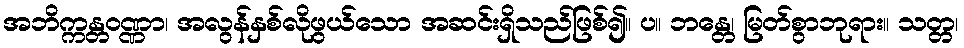
အဘိက္ကန္တဝဏ္ဏာ၊ အလွန်နှစ်လိုဖွယ်သော အဆင်းရှိသည်ဖြစ်၍။ ပ။ ဘန္တေ၊ မြတ်စွာဘုရား။ သတ္တ၊